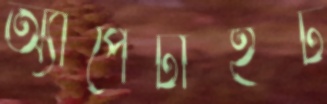
অ্যাপেটাইট